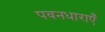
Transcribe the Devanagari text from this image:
पवनधाराएँ